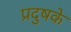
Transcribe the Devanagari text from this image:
प्रदुषके